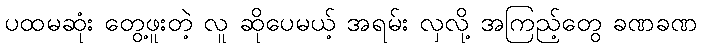
ပထမဆုံး တွေ့ဖူးတဲ့ လူ ဆိုပေမယ့် အရမ်း လှလို့ အကြည့်တွေ ခဏခဏ